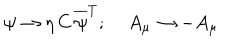
LaTeX: \psi \rightarrow \eta \, C \, \overline { { { \psi } } } ^ { T } ; \; A _ { \mu } \rightarrow - A _ { \mu }